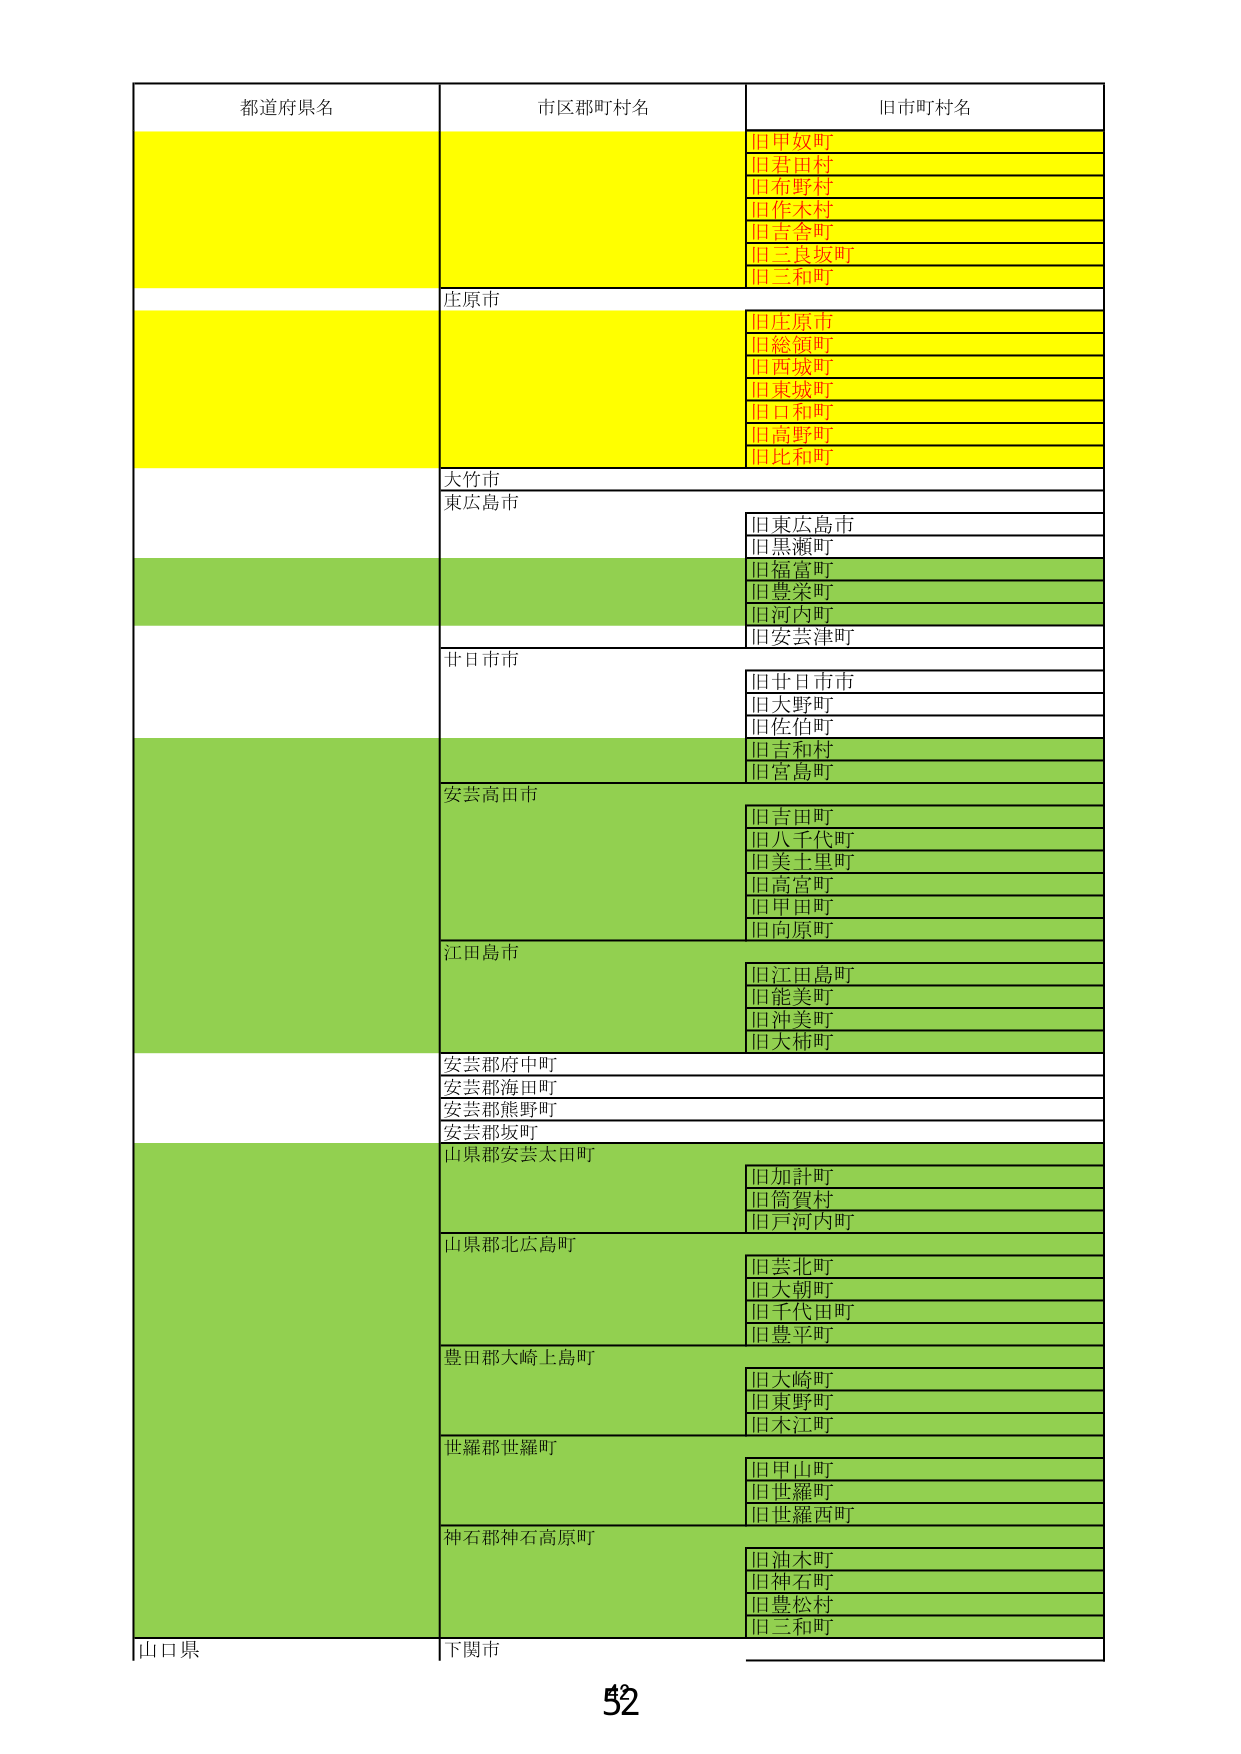
都道府県名
市区郡町村名
旧市町村名
旧甲奴町
旧君田村
旧布野村
旧作木村
旧吉舎町
旧三良坂町
旧三和町
庄原市
旧庄原市
旧総領町
旧西城町
旧東城町
旧口和町
旧高野町
旧比和町
大竹市
東広島市
旧東広島市
旧黒瀬町
旧福富町
旧豊栄町
旧河内町
旧安芸津町
廿日市市
旧廿日市市
旧大野町
旧佐伯町
旧吉和村
旧宮島町
安芸高田市
旧吉田町
旧八千代町
旧美土里町
旧高宮町
旧甲田町
旧向原町
江田島市
旧江田島町
旧能美町
旧沖美町
旧大柿町
安芸郡府中町
安芸郡海田町
安芸郡熊野町
安芸郡坂町
山県郡安芸太田町
旧加計町
旧筒賀村
旧戸河内町
山県郡北広島町
旧芸北町
旧大朝町
旧千代田町
旧豊平町
豊田郡大崎上島町
旧大崎町
旧東野町
旧木江町
世羅郡世羅町
旧甲山町
旧世羅町
旧世羅西町
神石郡神石高原町
旧油木町
旧神石町
旧豊松村
旧三和町
山口県
下関市
52